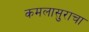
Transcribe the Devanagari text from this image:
कमलासुराचा